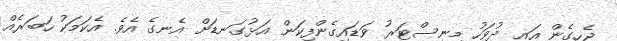
ޖެހިގެން އައި ދުވަހު މިނިސްޓަރު ވަޑައިގެންފިކަން އަޅުގަނޑަށް އެނގެ އެވެ. އެކަމަކު ހަބަރެއް